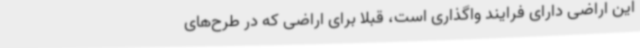
این اراضی دارای فرایند واگذاری است، قبلا برای اراضی که در طرح‌های